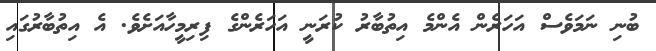
ބުނި ނަމަވެސް އަހަރެން އެންމެ އިތުބާރު ކުރަނީ އަހަރެންގެ ފިރިމީހާއަށެވެ. އެ އިތުބާރުގައި